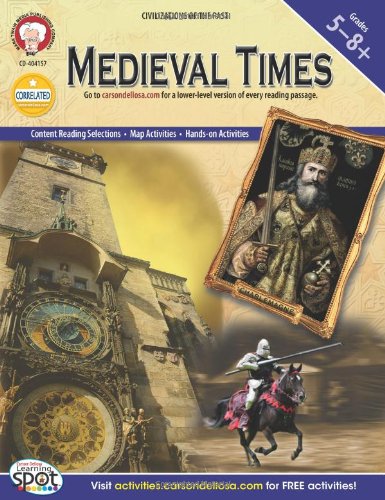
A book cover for Medieval Times, Grades 5 - 8 (World History); Frank Edgar; Children's Books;